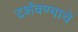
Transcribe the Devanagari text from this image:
दर्शवण्याचे